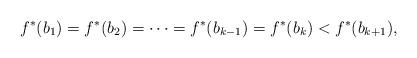
LaTeX: \begin{align*} f^*(b_1) = f^*(b_2) = \dots = f^*(b_{k-1}) = f^*(b_k) < f^*(b_{k+1}),\end{align*}